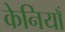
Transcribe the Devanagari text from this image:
केनियाँ